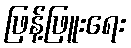
ဖြန့်ဖြူးရေး